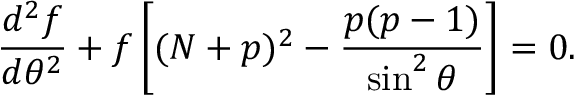
{ \frac { d ^ { 2 } f } { d \theta ^ { 2 } } } + f \left[ ( N + p ) ^ { 2 } - { \frac { p ( p - 1 ) } { \sin ^ { 2 } \theta } } \right] = 0 .